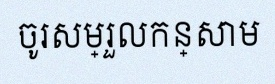
ចូរសម្រួលកន្សោម